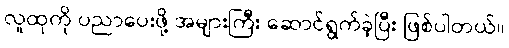
လူထုကို ပညာပေးဖို့ အများကြီး ဆောင်ရွက်ခဲ့ပြီး ဖြစ်ပါတယ်။